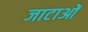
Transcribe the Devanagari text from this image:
जाटाओं